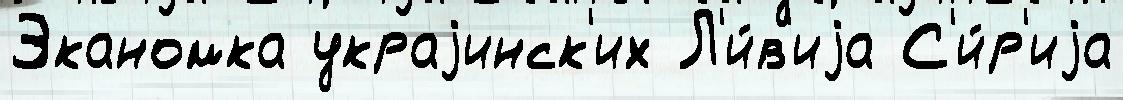
Эканомка украjинск'их Л'и́в'иjа С'и́р'иjа